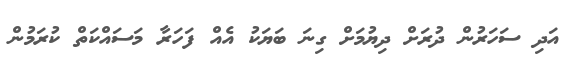
އަދި ސަހަރުން ދުރަށް ދިޔުމަށް ގިނަ ބަޔަކު އެއް ފަހަރާ މަސައްކަތް ކުރަމުން